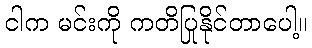
ငါက မင်းကို ကတိပြုနိုင်တာပေါ့။